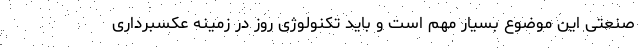
صنعتی این موضوع بسیار مهم است و باید تکنولوژی روز در زمینه عکسبرداری